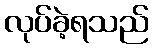
လုပ်ခဲ့ရသည်